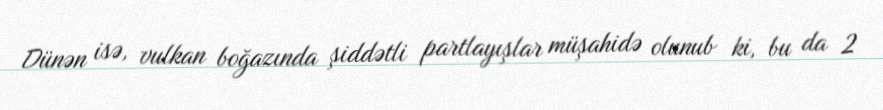
Dünən isə, vulkan boğazında şiddətli partlayışlar müşahidə olunub ki, bu da 2